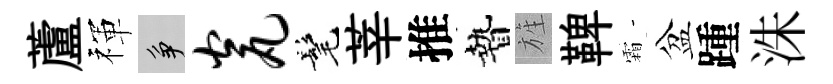
蘆禈争瓮髦莘推贄旌鞞霜盆踵洙